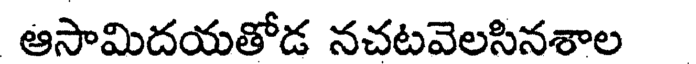
ఆసామిదయతోడ నచటవెలసినశాల